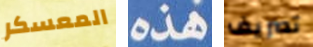
المعسكر هذه تصريف